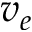
v _ { e }